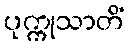
ပုက္ကုသာတိံ